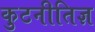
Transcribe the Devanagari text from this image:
कुटनीतिज्ञ